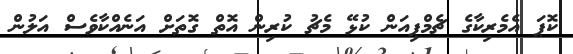
ކޮޕަ އެމެރިކާގެ ޗެމްޕިއަން ކުޅޭ މެޗު ކުރިން އޮތް ގޮތަށް އަނެއްކާވެސް އަލުން